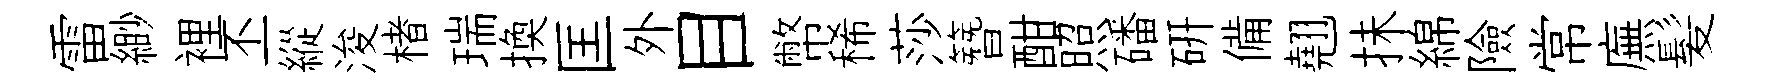
雷緲裡丕縱浚楮瑞換匡外目幣稀莎簪酣照磻研備翹抺綿險常廡髪